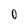
Character: 0